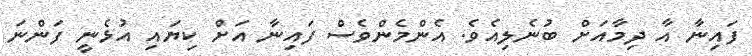
ފައިނާ އާ ދިމާއަށް ބުނެލިއެވެ. އެންމެންވެސް ފައިނާ އަށް ކިޔައި އުޅެނީ ފަންނަ